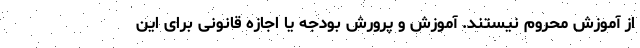
از آموزش محروم نیستند. آموزش و پرورش بودجه یا اجازه قانونی برای این